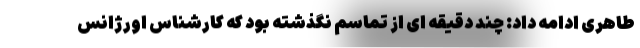
طاهری ادامه داد: چند دقیقه ای از تماسم نگذشته بود که کارشناس اورژانس